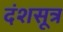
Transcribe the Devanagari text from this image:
दंशसूत्र